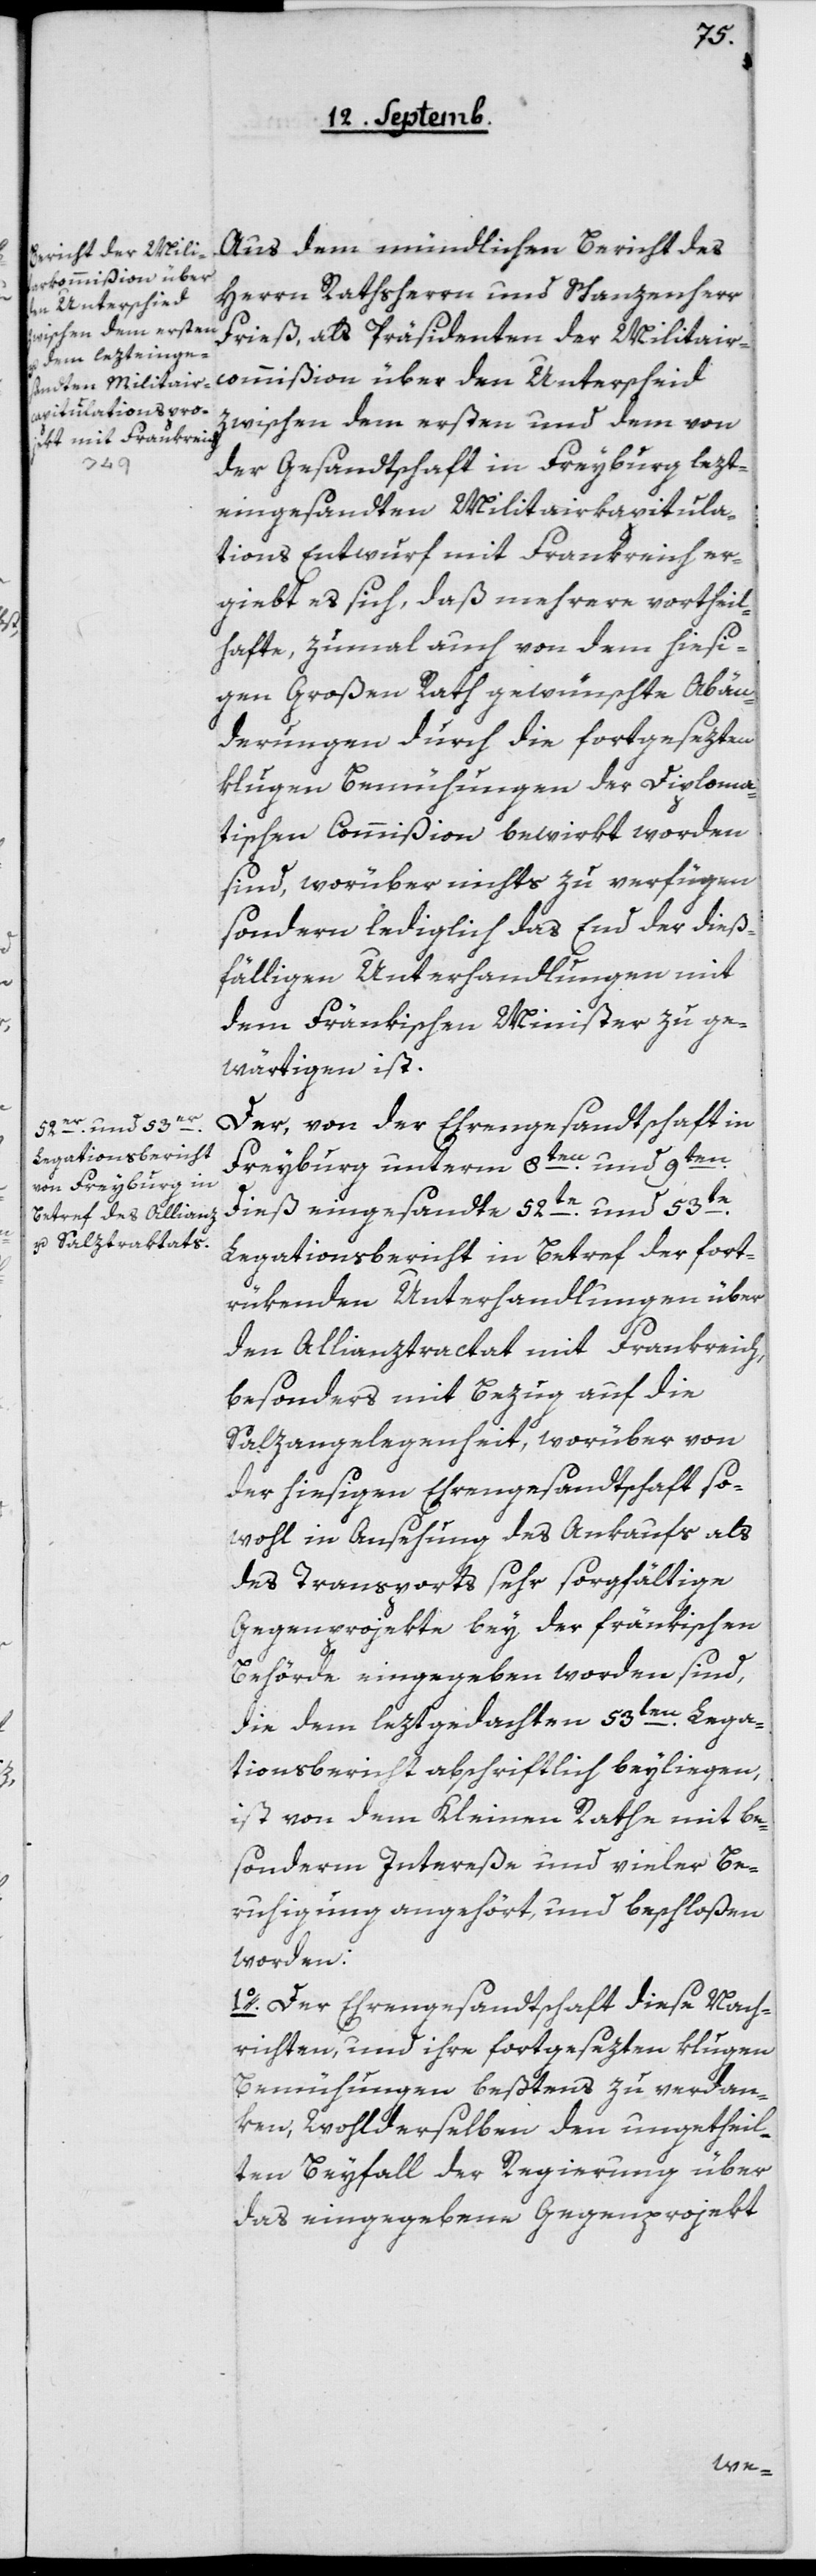
Aus dem mündlichen Bericht des
commißion über
Herrn Rathsherrn und Schanzenherr
den Unterscheid
Fries, als Präsidenten der Militair¬
zwischen dem ersten und dem von
der Gesandtschaft in Freyburg lezt¬
eingesandten Militairkapitula¬
tions Entwurf mit Frankreich er¬
giebt es sich, daß mehrere vortheil¬
hafte, zumal auch von dem hiesi¬
gen Großen Rath gewünschte Abän¬
derungen durch die fortgesezten
klugen Bemühungen der Diploma¬
tischen Commißion bewirkt worden
sind, worüber nichts zu verfügen
sondern lediglich das End der dieß¬
fälligen Unterhandlungen mit
dem Fränkischen Minister zu ge¬
wärtigen ist.
Der, von der Ehrengesandtschaft in
Freyburg unterm 8ten und 9ten
dieß eingesandte 52te und 53te
Legationsbericht in Betref der fort¬
rükenden Unterhandlungen über
den Allianztractat mit Frankreich,
besonders mit Bezug auf die
Salzangelegenheit, worüber von
der hiesigen Ehrengesandtschaft so¬
wohl in Ansehung des Ankaufs als
des Transports sehr sorgfältige
Gegenprojekte bey der fränkischen
Behörde eingegeben worden sind,
die dem leztgedachten 53ten Legalis¬
ationsbericht abschriftlich beyliegen,
ist von dem Kleinen Rath mit be¬
sonderm Intereße und vieler Be¬
ruhigung angehört, und beschloßen
worden:
1o Der Ehrengesandtschaft diese Nach¬
richten, und ihre fortgesezten klugen
Bemühungen beßtens zu verdan¬
ken, wohl derselben den ungetheil¬
ten Beyfall der Regierung über
das eingegebene Gegenprojekt